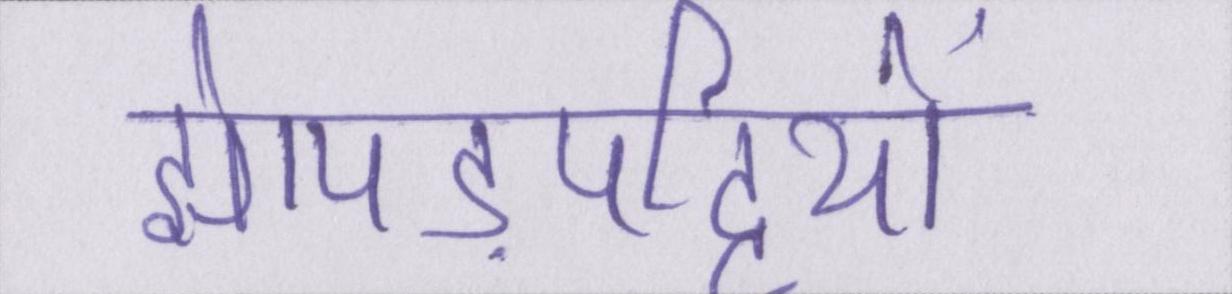
झोपड़पट्टियों